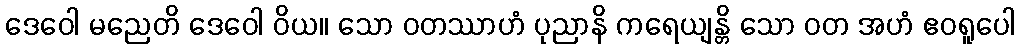
ဒေဝေါ မညေတိ ဒေဝေါ ဝိယ။ သော ဝတဿာဟံ ပုညာနိ ကရေယျန္တိ သော ဝတ အဟံ ဧဝရူပေါ